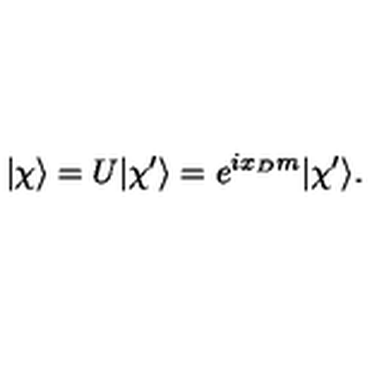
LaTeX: | { \chi } \rangle = U | \chi ^ { \prime } \rangle = e ^ { i x _ { D } m } | \chi ^ { \prime } \rangle .